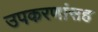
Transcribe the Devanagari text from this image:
उपकरणांसह